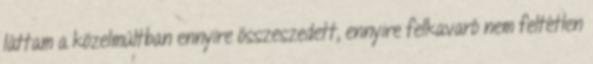
láttam a közelmúltban ennyire összeszedett, ennyire felkavaró nem feltétlen